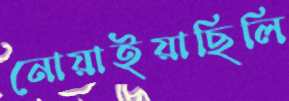
নোয়াইয়াছিলি